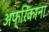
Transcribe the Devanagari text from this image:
अफ्रिकाना